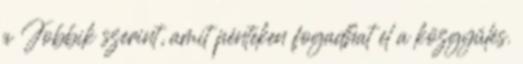
a Jobbik szerint, amit pénteken fogadhat el a közgyűlés.